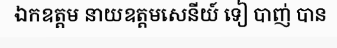
ឯកឧត្តម នាយឧត្តមសេនីយ៍ ទៀ បាញ់ បាន